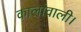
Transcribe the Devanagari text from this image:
कालांवाली।